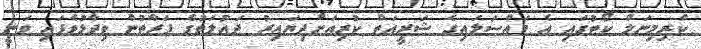
ކްރިމިނަލް ކޯޓުގައި އެ މައްސަލައިގެ ޝަރީއަތް ކުރިއަށްދިޔައިރު ދައުލަތުގެ ފަރާތުން ވިދާޅުވެފައި ވަނީ